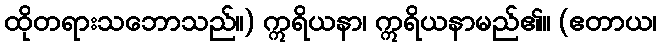
ထိုတရားသဘောသည်။) ဣရိယနာ၊ ဣရိယနာမည်၏။ (ဧတာယ၊